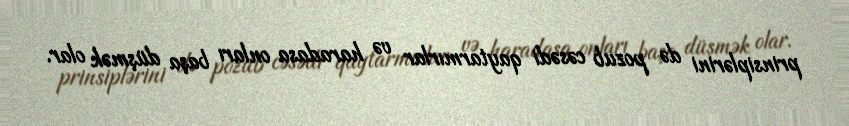
prinsiplərini də pozub cəsədi qaytarmırlar və haradasa onları başa düşmək olar.